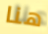
هنا